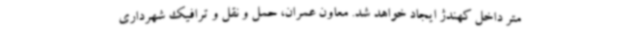
متر داخل کهندژ ایجاد خواهد شد. معاون عمران، حمل و نقل و ترافیک شهرداری